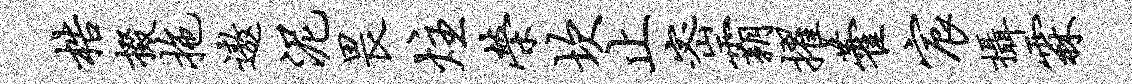
梏掇拖遨泥畏炷荣坎止密霸擢藿宸摄霖